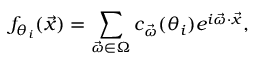
f _ { \theta _ { i } } ( \vec { x } ) = \sum _ { \Vec { \omega } \in \Omega } c _ { \vec { \omega } } ( \theta _ { i } ) e ^ { i \vec { \omega } \cdot \vec { x } } ,